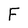
Character: F